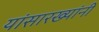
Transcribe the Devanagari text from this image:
यांसारख्यांनी